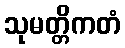
သုမတ္တိကတံ